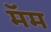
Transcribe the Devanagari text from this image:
मॅम